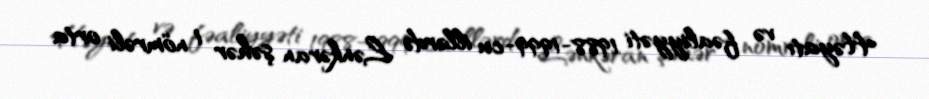
Həyatı və fəaliyyəti 1988-1999-cu illərdə Lənkəran şəhər 1 nömrəli orta